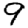
Digit: 9